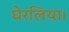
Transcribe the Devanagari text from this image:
घेरलिया।